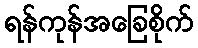
ရန်ကုန်အခြေစိုက်